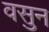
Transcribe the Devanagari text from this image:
वसुन